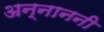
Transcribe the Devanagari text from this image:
अन्नाननी